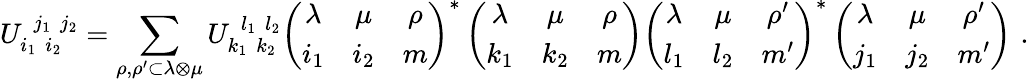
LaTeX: U_{i_{1}\, \, i_{2}}^{\, \, j_{1}\, \, j_{2}}=\sum_{\rho,\rho^{\prime}\subset\lambda\otimes\mu}U_{k_{1}\, \, k_{2}}^{\, \, l_{1}\, \, l_{2}}\left(\begin{array}{ccc}{{\lambda}}&{{\mu}}&{{\rho}}\\ {{i_{1}}}&{{i_{2}}}&{{m}}\end{array}\right)^{\ast}\left(\begin{array}{ccc}{{\lambda}}&{{\mu}}&{{\rho}}\\ {{k_{1}}}&{{k_{2}}}&{{m}}\end{array}\right)\left(\begin{array}{ccc}{{\lambda}}&{{\mu}}&{{\rho^{\prime}}}\\ {{l_{1}}}&{{l_{2}}}&{{m^{\prime}}}\end{array}\right)^{\ast}\left(\begin{array}{ccc}{{\lambda}}&{{\mu}}&{{\rho^{\prime}}}\\ {{j_{1}}}&{{j_{2}}}&{{m^{\prime}}}\end{array}\right)\, \, .